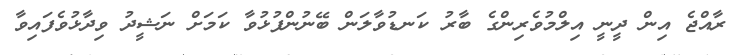
ރާއްޖެ އިން ދީނީ އިލްމުވެރިންގެ ބާރު ކަނޑުވާލަން ބޭނުންފުޅުވާ ކަމަށް ނަޝީދު ވިދާޅުވެފައިވާ